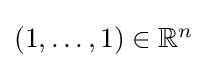
\textstyle (1,\ldots ,1)\in \mathbb {R} ^{n}